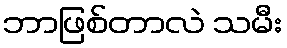
ဘာဖြစ်တာလဲ သမီး